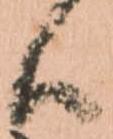
候